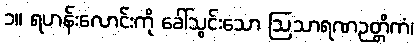
၁။ ရဟန်းလောင်းကို ခေါ်သွင်းသော ဩသာရဏဉတ္တိကံ၊